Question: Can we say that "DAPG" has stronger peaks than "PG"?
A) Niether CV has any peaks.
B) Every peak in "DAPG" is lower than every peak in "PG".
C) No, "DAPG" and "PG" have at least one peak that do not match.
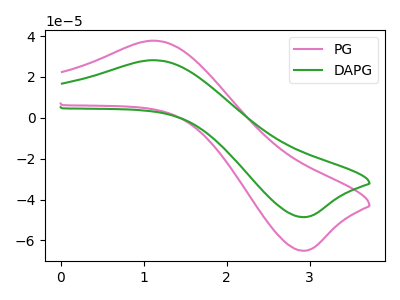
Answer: <think>The pink curve "PG" has an anodic peak at (1.10V, 37.70uA) and a cathodic peak at (2.90V, -65.05uA). The green curve "DAPG" has an anodic peak at (1.10V, 28.20uA) and a cathodic peak at (2.90V, -48.60uA).</think>
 <answer>B) Every peak in "DAPG" is lower than every peak in "PG".</answer>
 <eval>B</eval>